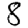
Digit: 8